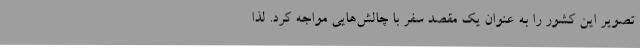
تصویر این کشور را به عنوان یک مقصد سفر با چالش‌هایی مواجه کرد. لذا